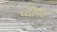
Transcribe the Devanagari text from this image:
प्दीपत